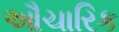
ઔચારિક